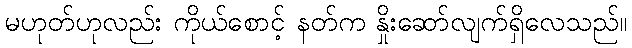
မဟုတ်ဟုလည်း ကိုယ်စောင့် နတ်က နှိုးဆော်လျက်ရှိလေသည်။